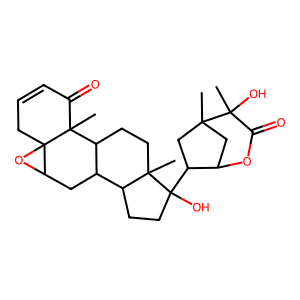
SMILES: CC12CC(OC(=O)C1(C)O)C(C1(O)CCC3C4CC5OC56CC=CC(=O)C6(C)C4CCC31C)C2
Inhibits HIV replication: No